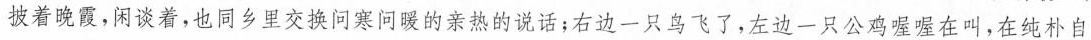
披着晚霞，闲谈着，也同乡里交换问寒问暖的亲热的说话；右边一只鸟飞了，左边一只公鸡喔喔在叫，在纯朴自